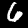
Digit: 6